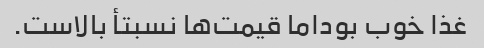
غذا خوب بوداما قیمت‌ها نسبتأ بالاست.